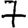
Digit: 7